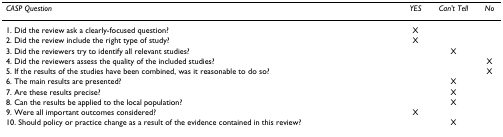
| CASP Question | YES | Can't Tell | No |
 | --- | --- | --- | --- |
 | 1. Did the review ask a clearly-focused question? | X |  |  |
 | 2. Did the review include the right type of study? | X |  |  |
 | 3. Did the reviewers try to identify all relevant studies? |  | X |  |
 | 4. Did the reviewers assess the quality of the included studies? |  |  | X |
 | 5. If the results of the studies have been combined, was it reasonable to do so? |  |  | X |
 | 6. The main results are presented? |  | X |  |
 | 7. Are these results precise? |  | X |  |
 | 8. Can the results be applied to the local population? |  | X |  |
 | 9. Were all important outcomes considered? | X |  |  |
 | 10. Should policy or practice change as a result of the evidence contained in this review? |  | X |  |